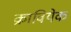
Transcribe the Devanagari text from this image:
क्रावियेक